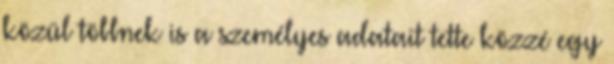
közül többnek is a személyes adatait tette közzé egy